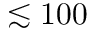
\lesssim 1 0 0